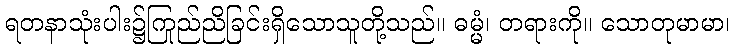
ရတနာသုံးပါး၌ကြည်ညိုခြင်းရှိသောသူတို့သည်။ ဓမ္မံ၊ တရားကို။ သောတုမာမာ၊